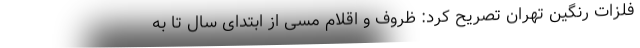
فلزات رنگین تهران تصریح کرد: ظروف و اقلام مسی از ابتدای سال تا به